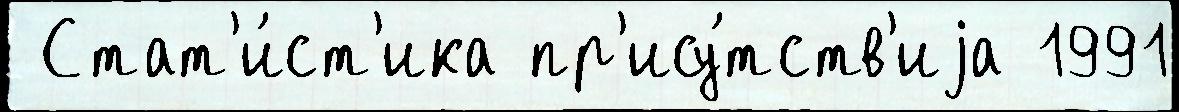
 Стат'и́ст'ика пр'ису́тств'иjа 1991